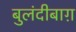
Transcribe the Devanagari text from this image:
बुलंदीबाग़